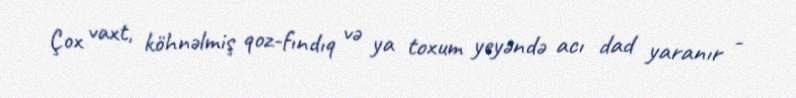
Çox vaxt, köhnəlmiş qoz-fındıq və ya toxum yeyəndə acı dad yaranır -